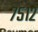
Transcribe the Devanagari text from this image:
७५१२